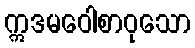
ဣဒမဝေါစာဝုသော